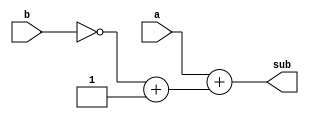
module sub_16bit(
	input	[15:0]	a,
	input	[15:0]	b,

	output	[15:0]	sub
);

assign sub = a + (~b + 16'h0001);

endmodule